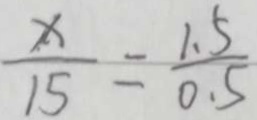
\frac { x } { 1 5 } = \frac { 1 . 5 } { 0 . 5 }